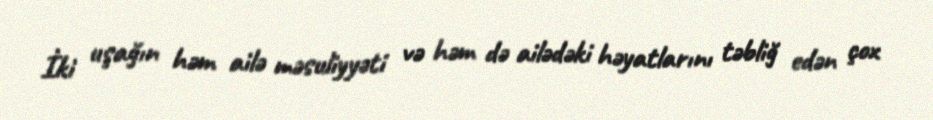
İki uşağın həm ailə məsuliyyəti və həm də ailədəki həyatlarını təbliğ edən çox